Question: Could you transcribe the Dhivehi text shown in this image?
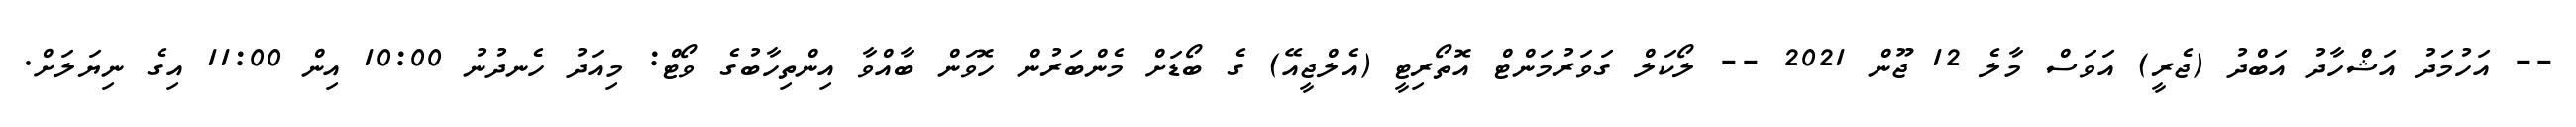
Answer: -- އަހުމަދު އަޝްހާދު އަބްދު (ޖެރީ) އަވަސް މާލެ 12 ޖޫން 2021 -- ލޯކަލް ގަވަރުމަންޓް އޮތޯރިޓީ (އެލްޖީއޭ) ގެ ބޯޑަށް މެންބަރުން ހޮވަން ބާއްވާ އިންތިހާބުގެ ވޯޓް: މިއަދު ހެނދުނު 10:00 އިން 11:00 އިގެ ނިޔަލަށް.